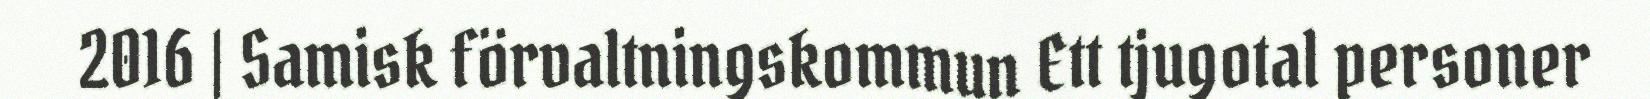
2016 | Samisk förvaltningskommun Ett tjugotal personer